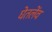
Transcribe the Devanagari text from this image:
घेतलेंव